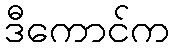
ဒီကောင်က